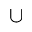
\cup